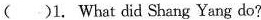
（）1.What did Shang Yang do?